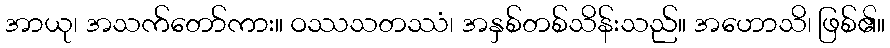
အာယု၊ အသက်တော်ကား။ ဝဿသတဿံ၊ အနှစ်တစ်သိန်းသည်။ အဟောသိ၊ ဖြစ်၏။